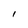
Character: I